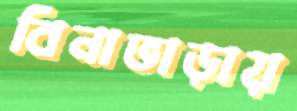
বিনাভাড়ায়